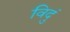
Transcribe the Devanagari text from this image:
विदुं